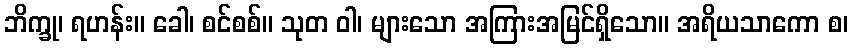
ဘိက္ခု၊ ရဟန်း။ ခေါ၊ စင်စစ်။ သုတ ဝါ၊ များသော အကြားအမြင်ရှိသော။ အရိယသာကော စ၊